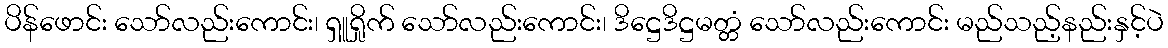
ပိန်ဖောင်း သော်လည်းကောင်း၊ ရှူရှိုက် သော်လည်းကောင်း၊ ဒိဋ္ဌေဒိဋ္ဌမတ္တံ သော်လည်းကောင်း မည်သည့်နည်းနှင့်ပဲ